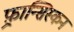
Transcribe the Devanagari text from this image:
फ़्रान्सिस्कन